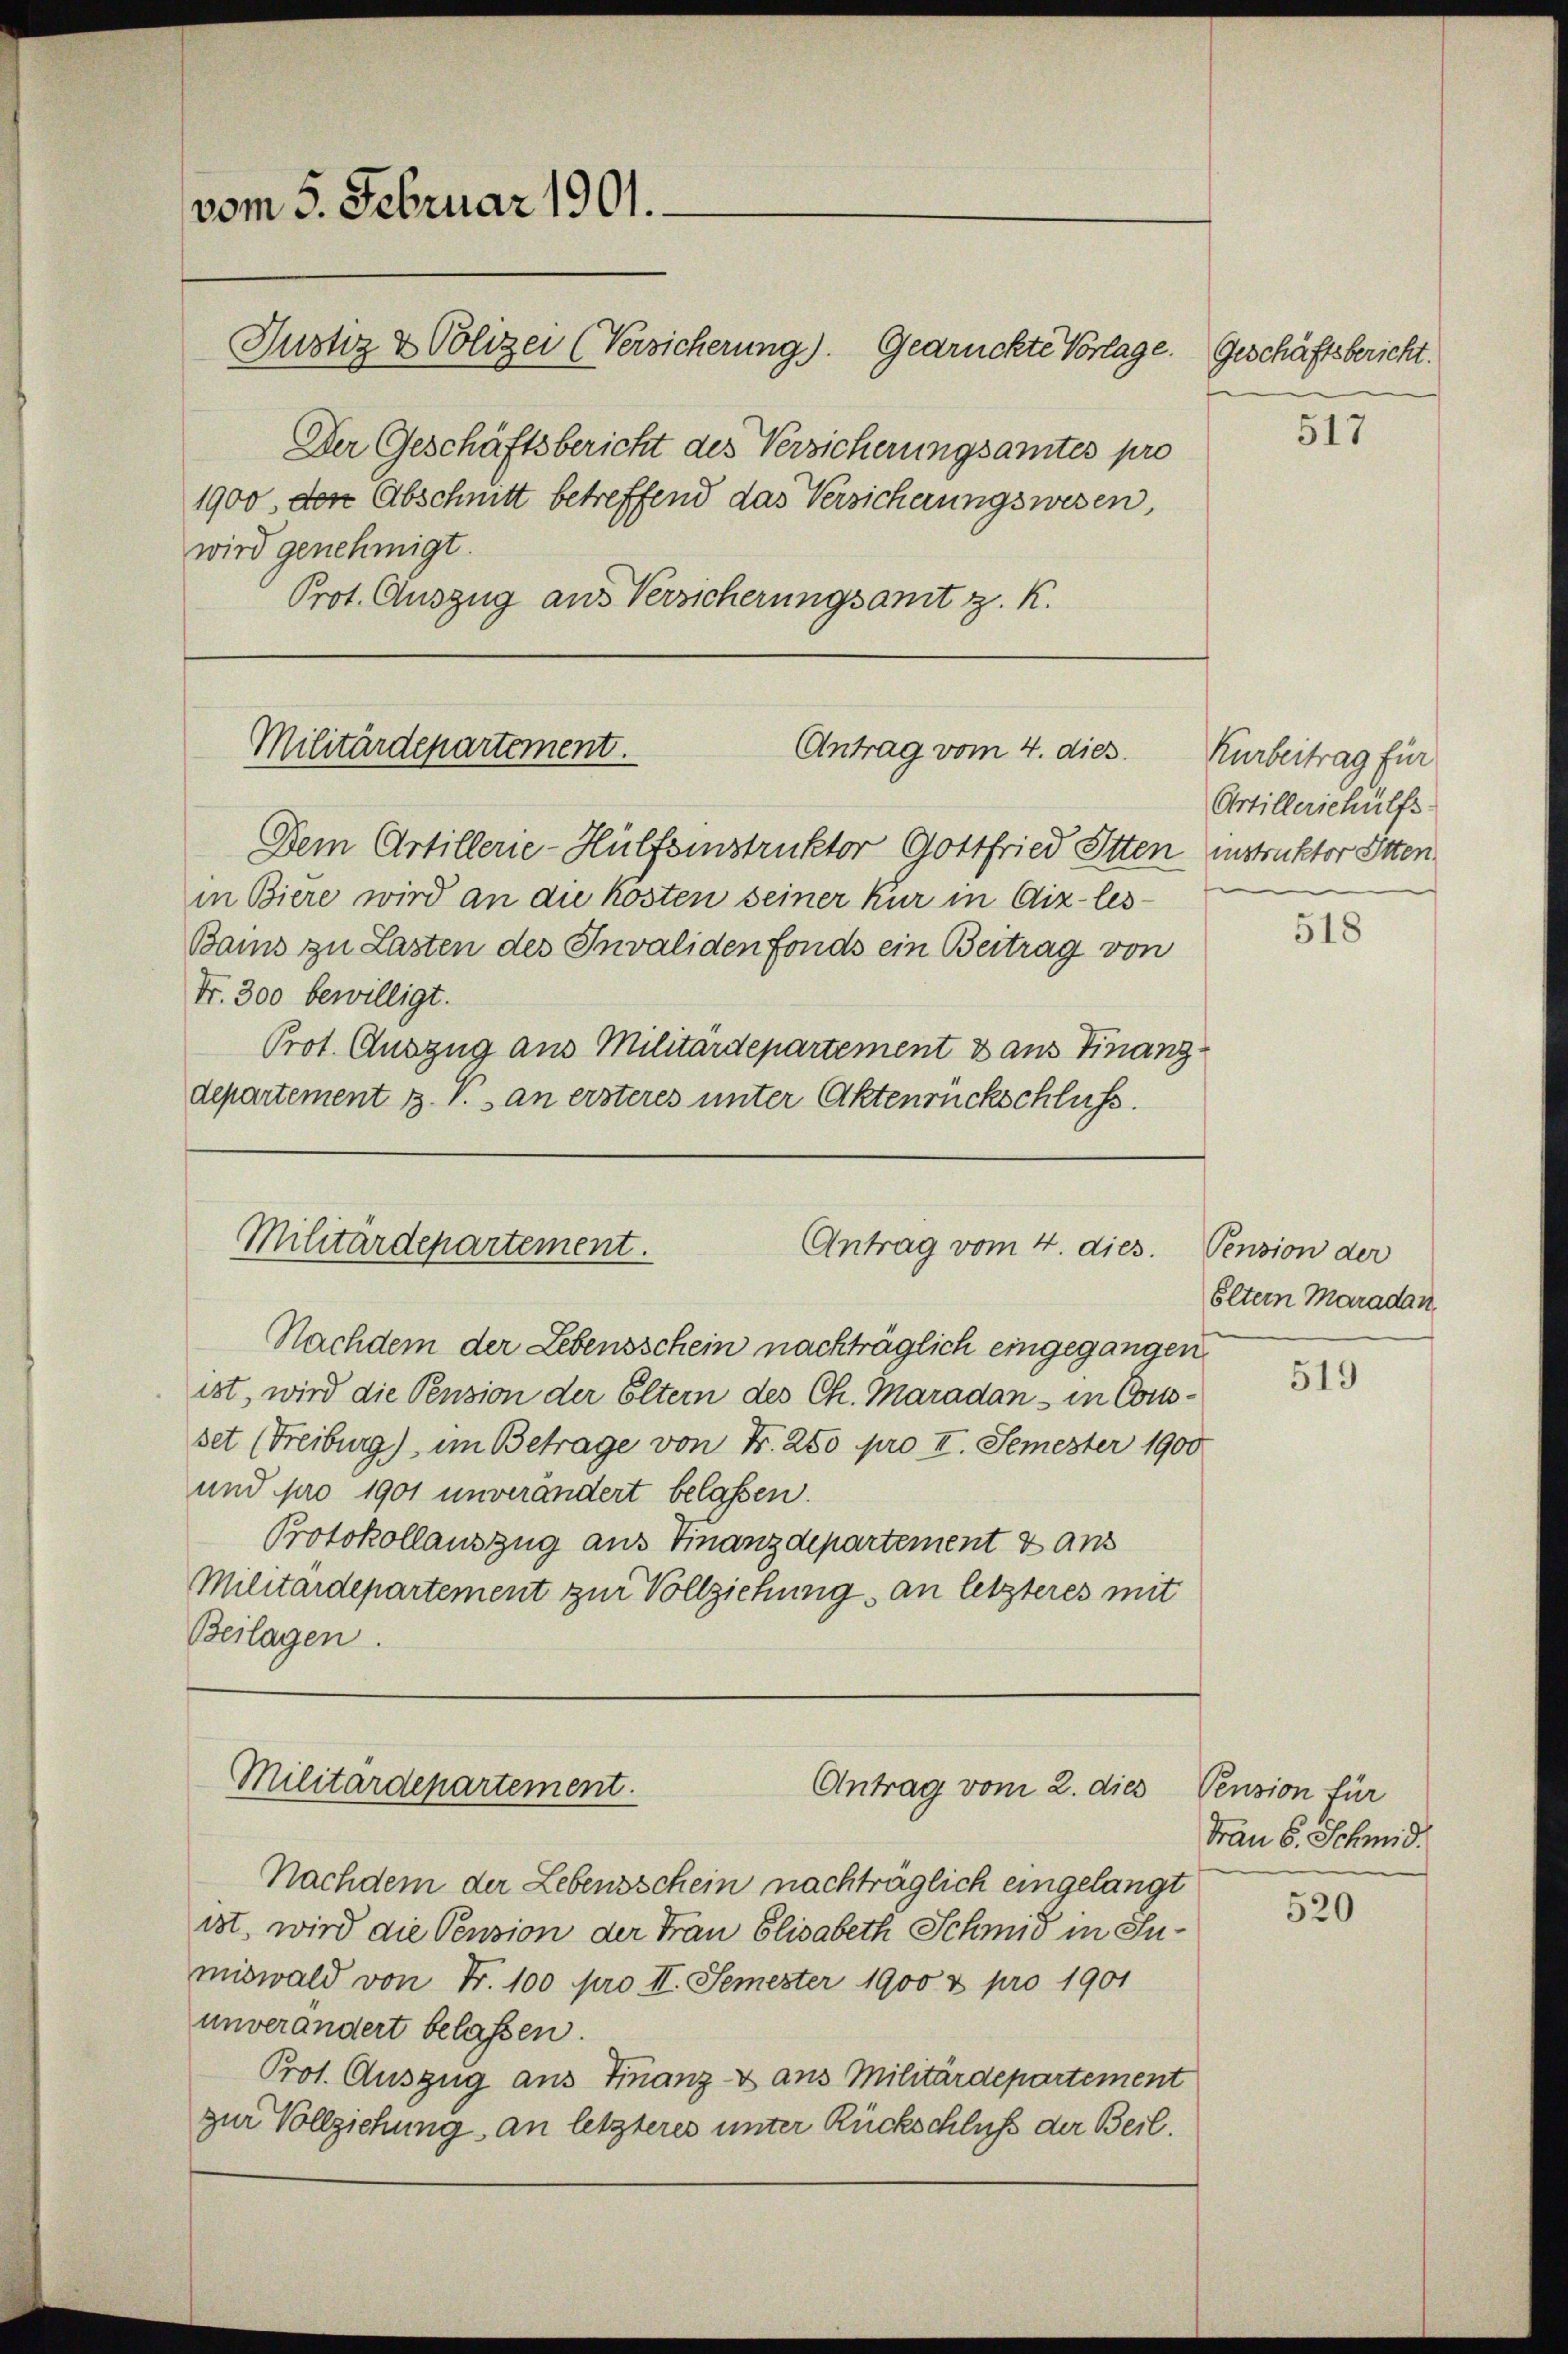
vom 5. Februar 1901.
Justiz & Polizei (Versicherung). Gedrückte Vorlage. Geschäftsbericht.
Der Geschäftsbericht des Versicherungsamtes pro
1900, den Abschnitt betreffend das Versicherungswesen,
wird genehmigt.
Prot. Auszug aus Versicherungsamt z. K.

Militärdepartement.
Antrag vom 4. dies

Dem Artillerie-Hülfsinstruktor Gottfried Otten instruktor Otten
in Biere wird an die Kosten seiner Kur in Aix-les-
Bams zu Lasten des Invaliden fonds ein Beitrag von
Fr. 300 bewilligt.
Prot. Auszug aus Militärdepartement & aus Finanz
departement 3. V. an ersteres unter Aktenrückschluss.

Militärdepartement.
Antrag vom 4. dies.

Nachdem der Lebensschein nachträglich eingegangen.
ist, wird die Pension der Eltern des Ch. Maradan - in Consset (Freiburg), im Betrage von N. 250 pro II. Semester 1900
und pro 1901 unverändert belassen.
Protokollauszug aus Finanzdepartement 8 ans
Militärdepartement zur Vollziehung an letzteres mit
Beilagen.

Militärdepartement.
Antrag vom 2. dies

Nachdem der Lebensschein nachträglich eingelangt
ist, wird die Pension der Frau Elisabeth Schmid in Sumiswald von Fr. 100 pro II. Semester 1900 & pro 1901
unverändert belassen.
Prot. Auszug aus Finanz & aus Militärdepartement
zur Vollziehung an letzteres unter Rückschluß der Beil.

517

Kurbeitrag für
Artillerschülfs-

518

Pension der
Eltern Maradan

519

Pension für
Frau S. Schmid.

520